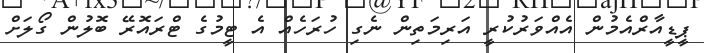
ޕީޑީއާރްއެމުން އެއްވަރުކުރީ އަރިމަތިން ނެގި ހުރަހެއް އެ ޓީމުގެ ޓްރައޮރޭ ބޮލުން ގޯލަށް